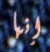
إنها